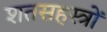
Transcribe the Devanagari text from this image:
शतसहस्त्रों